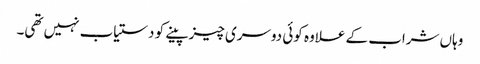
وہاں شراب کے علاوہ کوئی دوسری چیز پینے کو دستیاب نہیں تھی۔